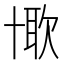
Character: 𠦰